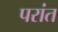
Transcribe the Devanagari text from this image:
परांत